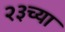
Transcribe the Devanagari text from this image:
२३च्या